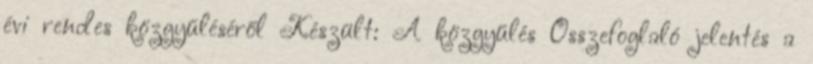
évi rendes közgyűléséről Készült: A közgyűlés Összefoglaló jelentés a